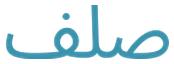
صلف